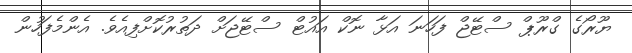
ޔޫރޯގެ ގްރޫޕް ސްޓޭޖް ފަހަނަ އަޅާ ނޮކް އައުޓް ސްޓޭޖަށް ދަތުރުކޮށްފިއެވެ. އެންމެފަހުން